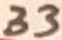
Text: 33